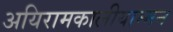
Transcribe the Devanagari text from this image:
अयिरामकालीयाम्मन